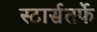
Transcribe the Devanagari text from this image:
स्टार्सतर्फे